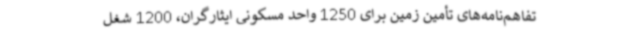
تفاهم‌نامه‌های تأمین زمین برای 1250 واحد مسکونی ایثارگران، 1200 شغل